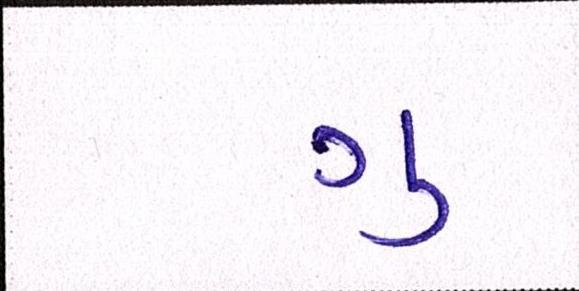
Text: ગુ